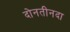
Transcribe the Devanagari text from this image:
दोनतीनदा